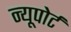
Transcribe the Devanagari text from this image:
न्‍यूपोर्ट